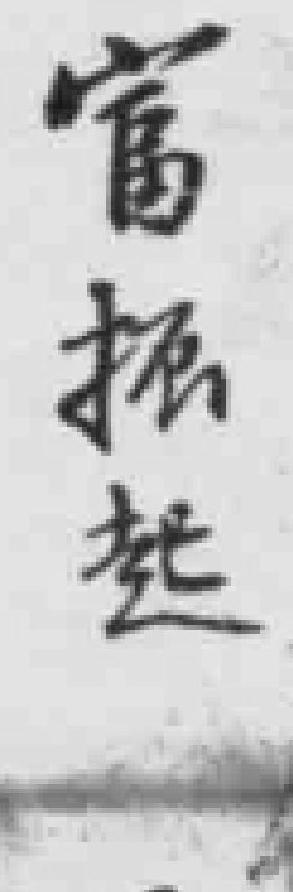
o富*